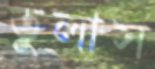
তুলাস